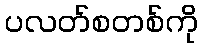
ပလတ်စတစ်ကို